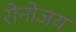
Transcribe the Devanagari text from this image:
रोनोजय